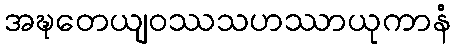
အဍ္ဎတေယျဝဿသဟဿာယုကာနံ